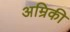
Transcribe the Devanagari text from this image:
अम्रिकी